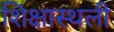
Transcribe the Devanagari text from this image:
शिक्षास्थली